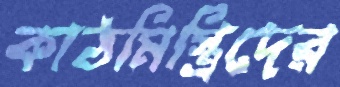
কাঠমিস্ত্রিদের